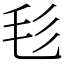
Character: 毝